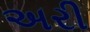
અરી